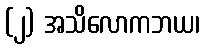
(၂) အသိလောကဘယ၊